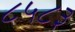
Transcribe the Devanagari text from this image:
८५८३